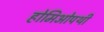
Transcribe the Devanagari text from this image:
होमिओपथी